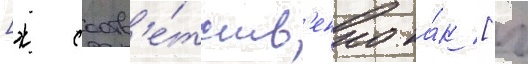
[ж соотв'е́тств'енно ка́к [ч